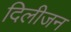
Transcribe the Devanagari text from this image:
दिलीजन